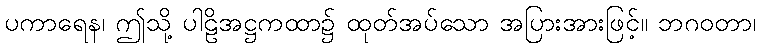
ပကာရေန၊ ဤသို့ ပါဠိအဋ္ဌကထာ၌ ထုတ်အပ်သော အပြားအားဖြင့်။ ဘဂဝတာ၊